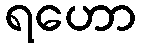
ရဟော